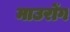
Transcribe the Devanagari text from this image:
माउरोंग